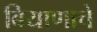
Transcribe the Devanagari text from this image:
बियाणाचे